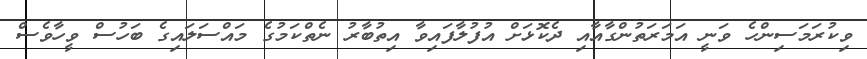
ވިކުރަމަސިންހެ ވަނީ އަމަރަތުންގާއާއި ދެކޮޅަށް އުފުލާފައިވާ އިތުބާރު ނެތްކަމުގެ މައްސަލައިގެ ބަހުސް ވީހާވެސް